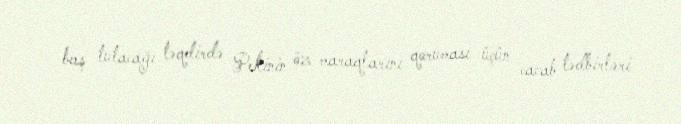
baş tutacağı təqdirdə Pekinin öz maraqlarını qoruması üçün cavab tədbirləri